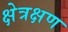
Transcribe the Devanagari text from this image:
क्षेत्रक्षण